Vaccination in Burma 1900-1911 - 1900-1911
Year: 1900
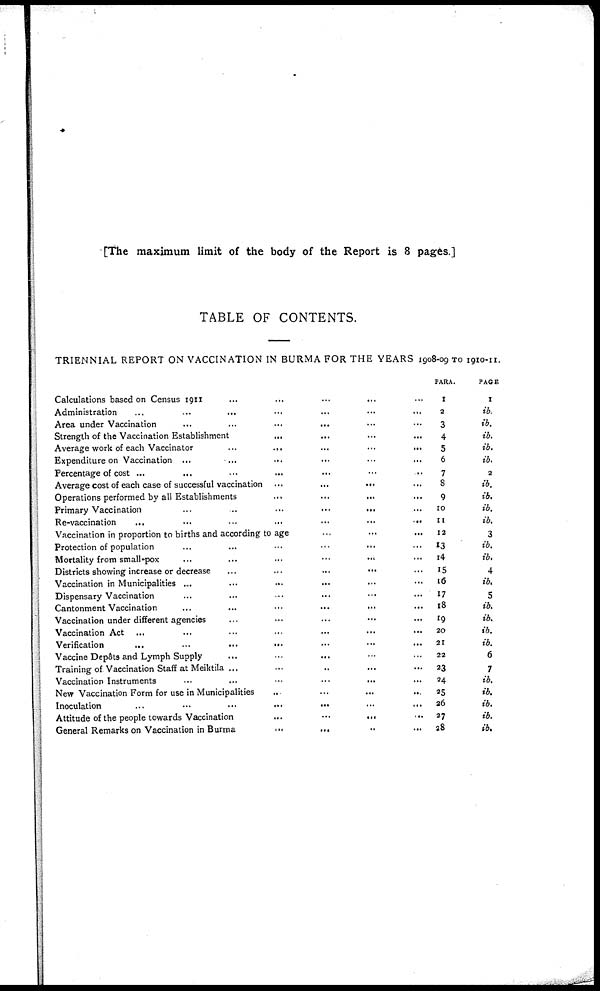
[The maximum limit of the body of the Report is 8 pages.]
TABLE OF CONTENTS.
TRIENNIAL REPORT ON VACCINATION IN BURMA FOR THE YEARS 1908-09 TO 1910-11.
Calculations based on Census 1911 ... ... ... ... ... ...
Administration
...
...
...
...
...
...
...
...
Area under Vaccination ... ... ... ... ... ...
Strength of the Vaccination Establishment ... ... ... ... ... ... ...
Average work of each Vaccinator
...
...
...
...
...
...
Expenditure on Vaccination ... ... ... ... ... ... ...
Percentage of cost ... ... ... ... ... ... ...
Average cost of each case of successful vaccination
...
...
...
...
Operations performed by all Establishments
...
...
...
...
Primary Vaccination
...
...
...
...
...
...
Re-vaccination
...
...
...
...
...
...
Vaccination in proportion to births and according to age
...
...
...
Protection of population ... ... ... ... ... ...
Mortality from small-pox ... ... ... ... ... ...
Districts showing increase or decrease
...
...
...
...
...
...
Vaccination in Municipalities ... ... ... ... ... ...
Dispensary Vaccination
...
...
...
...
...
...
...
Cantonment Vaccination
...
...
...
...
...
...
...
Vaccination under different agencies
...
...
...
...
...
...
Vaccination Act
...
...
...
...
...
...
...
Verification
...
...
...
...
...
...
...
Vaccine Depôts and Lymph Supply ... ... ... ... ... ...
Training of Vaccination Staff at Meiktila
...
...
...
...
...
...
Vaccination Instruments ... ... ... ... ... ...
New Vaccination Form for use in Municipalities
...
...
...
...
...
Inoculation
...
...
...
...
...
...
...
Attitude of the people towards Vaccination
...
...
...
...
...
...
General Remarks on Vaccination in Burma
...
...
...
...
PARA.
1
2
3
4
5
6
7
8
9
10
11
12
13
14
15
16
17
18
19
20
21
22
23
24
25
26
27
28
PAGE.
1
ib.
ib.
ib.
ib.
ib.
2
ib.
ib.
ib.
ib.
3
ib.
ib.
4
ib.
5
ib.
ib.
ib.
ib.
6
7
ib.
ib.
ib.
ib.
ib.